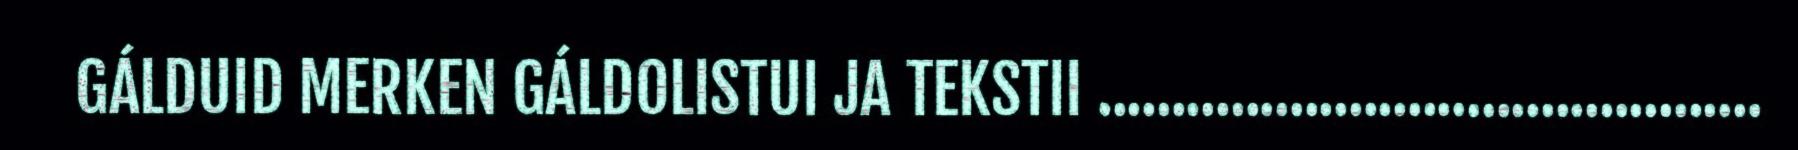
GÁLDUID MERKEN GÁLDOLISTUI JA TEKSTII .............................................